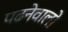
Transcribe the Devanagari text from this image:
पढनेवालो